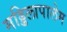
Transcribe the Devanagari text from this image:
मड्डिलापालेम